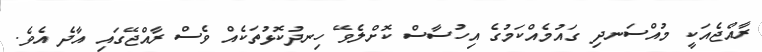
ރާއްޖެއަކީ މުއްސަނދި ގައުމެއްކަމުގެ އިހުސާސް ކޮށްލެވޭ ހިނދުކޮޅުތަކެއް ވެސް ރާއްޖޭގައި އާދެ އެވެ.